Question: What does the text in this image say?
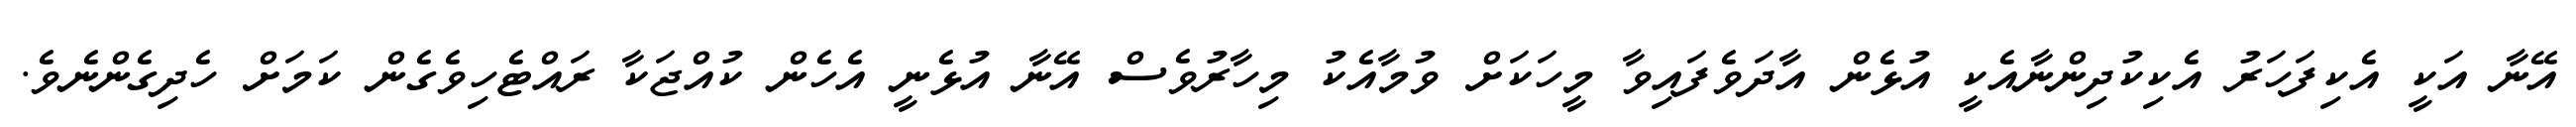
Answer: އޭނާ އަކީ އެކިފަހަރު އެކިކުދިންނާއެކީ އުޅެން އާދަވެފައިވާ މީހަކަށް ވުމާއެކު މިހާރުވެސް އޭނާ އުޅެނީ އެހެން ކުއްޖަކާ ރައްޓެހިވެގެން ކަމަށް ހެދިގެންނެވެ.